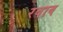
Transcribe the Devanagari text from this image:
रवाव